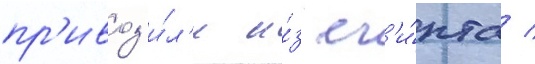
пр'ивоз'и́л'и и́з ег'и́пта /